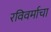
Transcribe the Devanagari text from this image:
रविवर्माचा